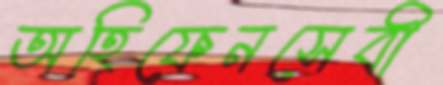
অহিফেনসেবী